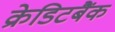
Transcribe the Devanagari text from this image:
क्रेडिटबैंक